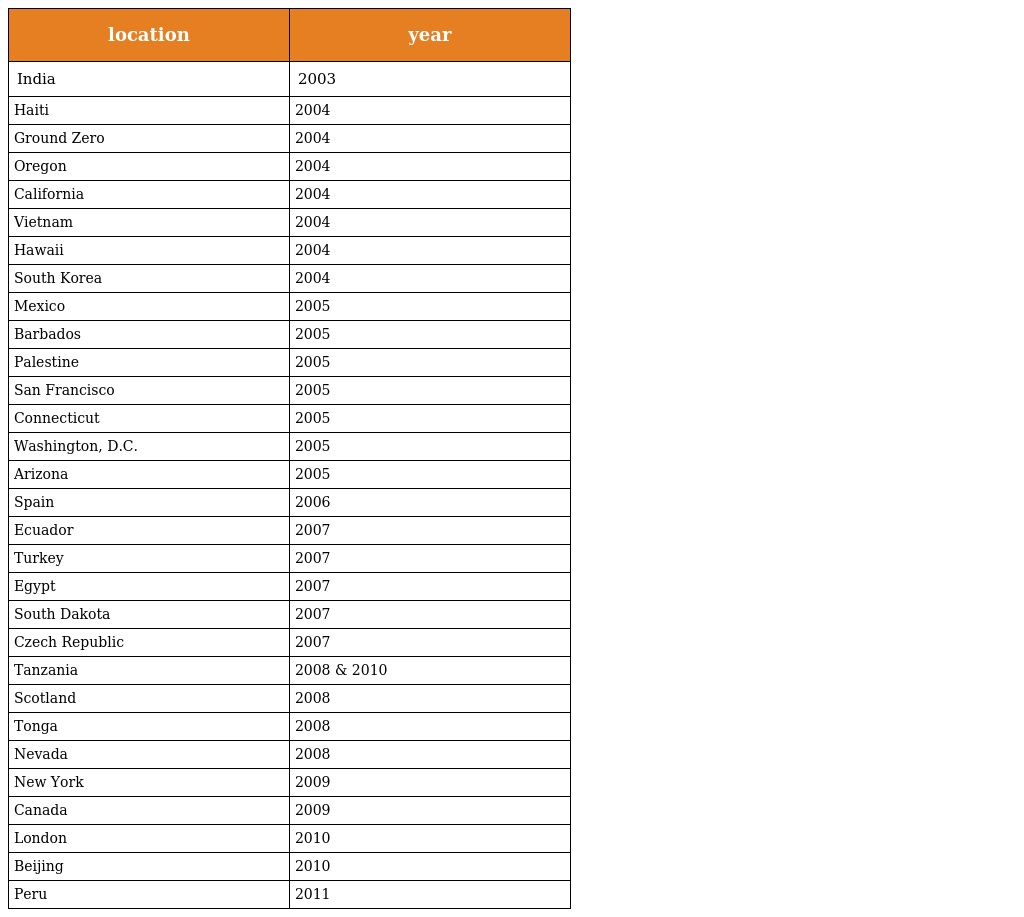
| location | year |
 | --- | --- |
 | India | 2003 |
 | Haiti | 2004 |
 | Ground Zero | 2004 |
 | Oregon | 2004 |
 | California | 2004 |
 | Vietnam | 2004 |
 | Hawaii | 2004 |
 | South Korea | 2004 |
 | Mexico | 2005 |
 | Barbados | 2005 |
 | Palestine | 2005 |
 | San Francisco | 2005 |
 | Connecticut | 2005 |
 | Washington, D.C. | 2005 |
 | Arizona | 2005 |
 | Spain | 2006 |
 | Ecuador | 2007 |
 | Turkey | 2007 |
 | Egypt | 2007 |
 | South Dakota | 2007 |
 | Czech Republic | 2007 |
 | Tanzania | 2008 & 2010 |
 | Scotland | 2008 |
 | Tonga | 2008 |
 | Nevada | 2008 |
 | New York | 2009 |
 | Canada | 2009 |
 | London | 2010 |
 | Beijing | 2010 |
 | Peru | 2011 |